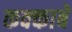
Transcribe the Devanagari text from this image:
कक्‍काबे